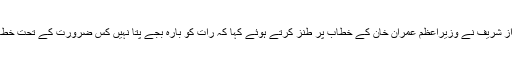
مریم نواز شریف نے وزیراعظم عمران خان کے خطاب پر طنز کرتے ہوئے کہا کہ رات کو بارہ بجے پتا نہیں کس ضرورت کے تحت خطاب کیا؟